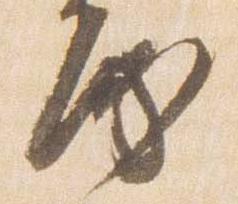
房